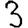
Digit: 3